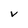
Character: v